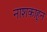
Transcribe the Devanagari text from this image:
नाशकाहून